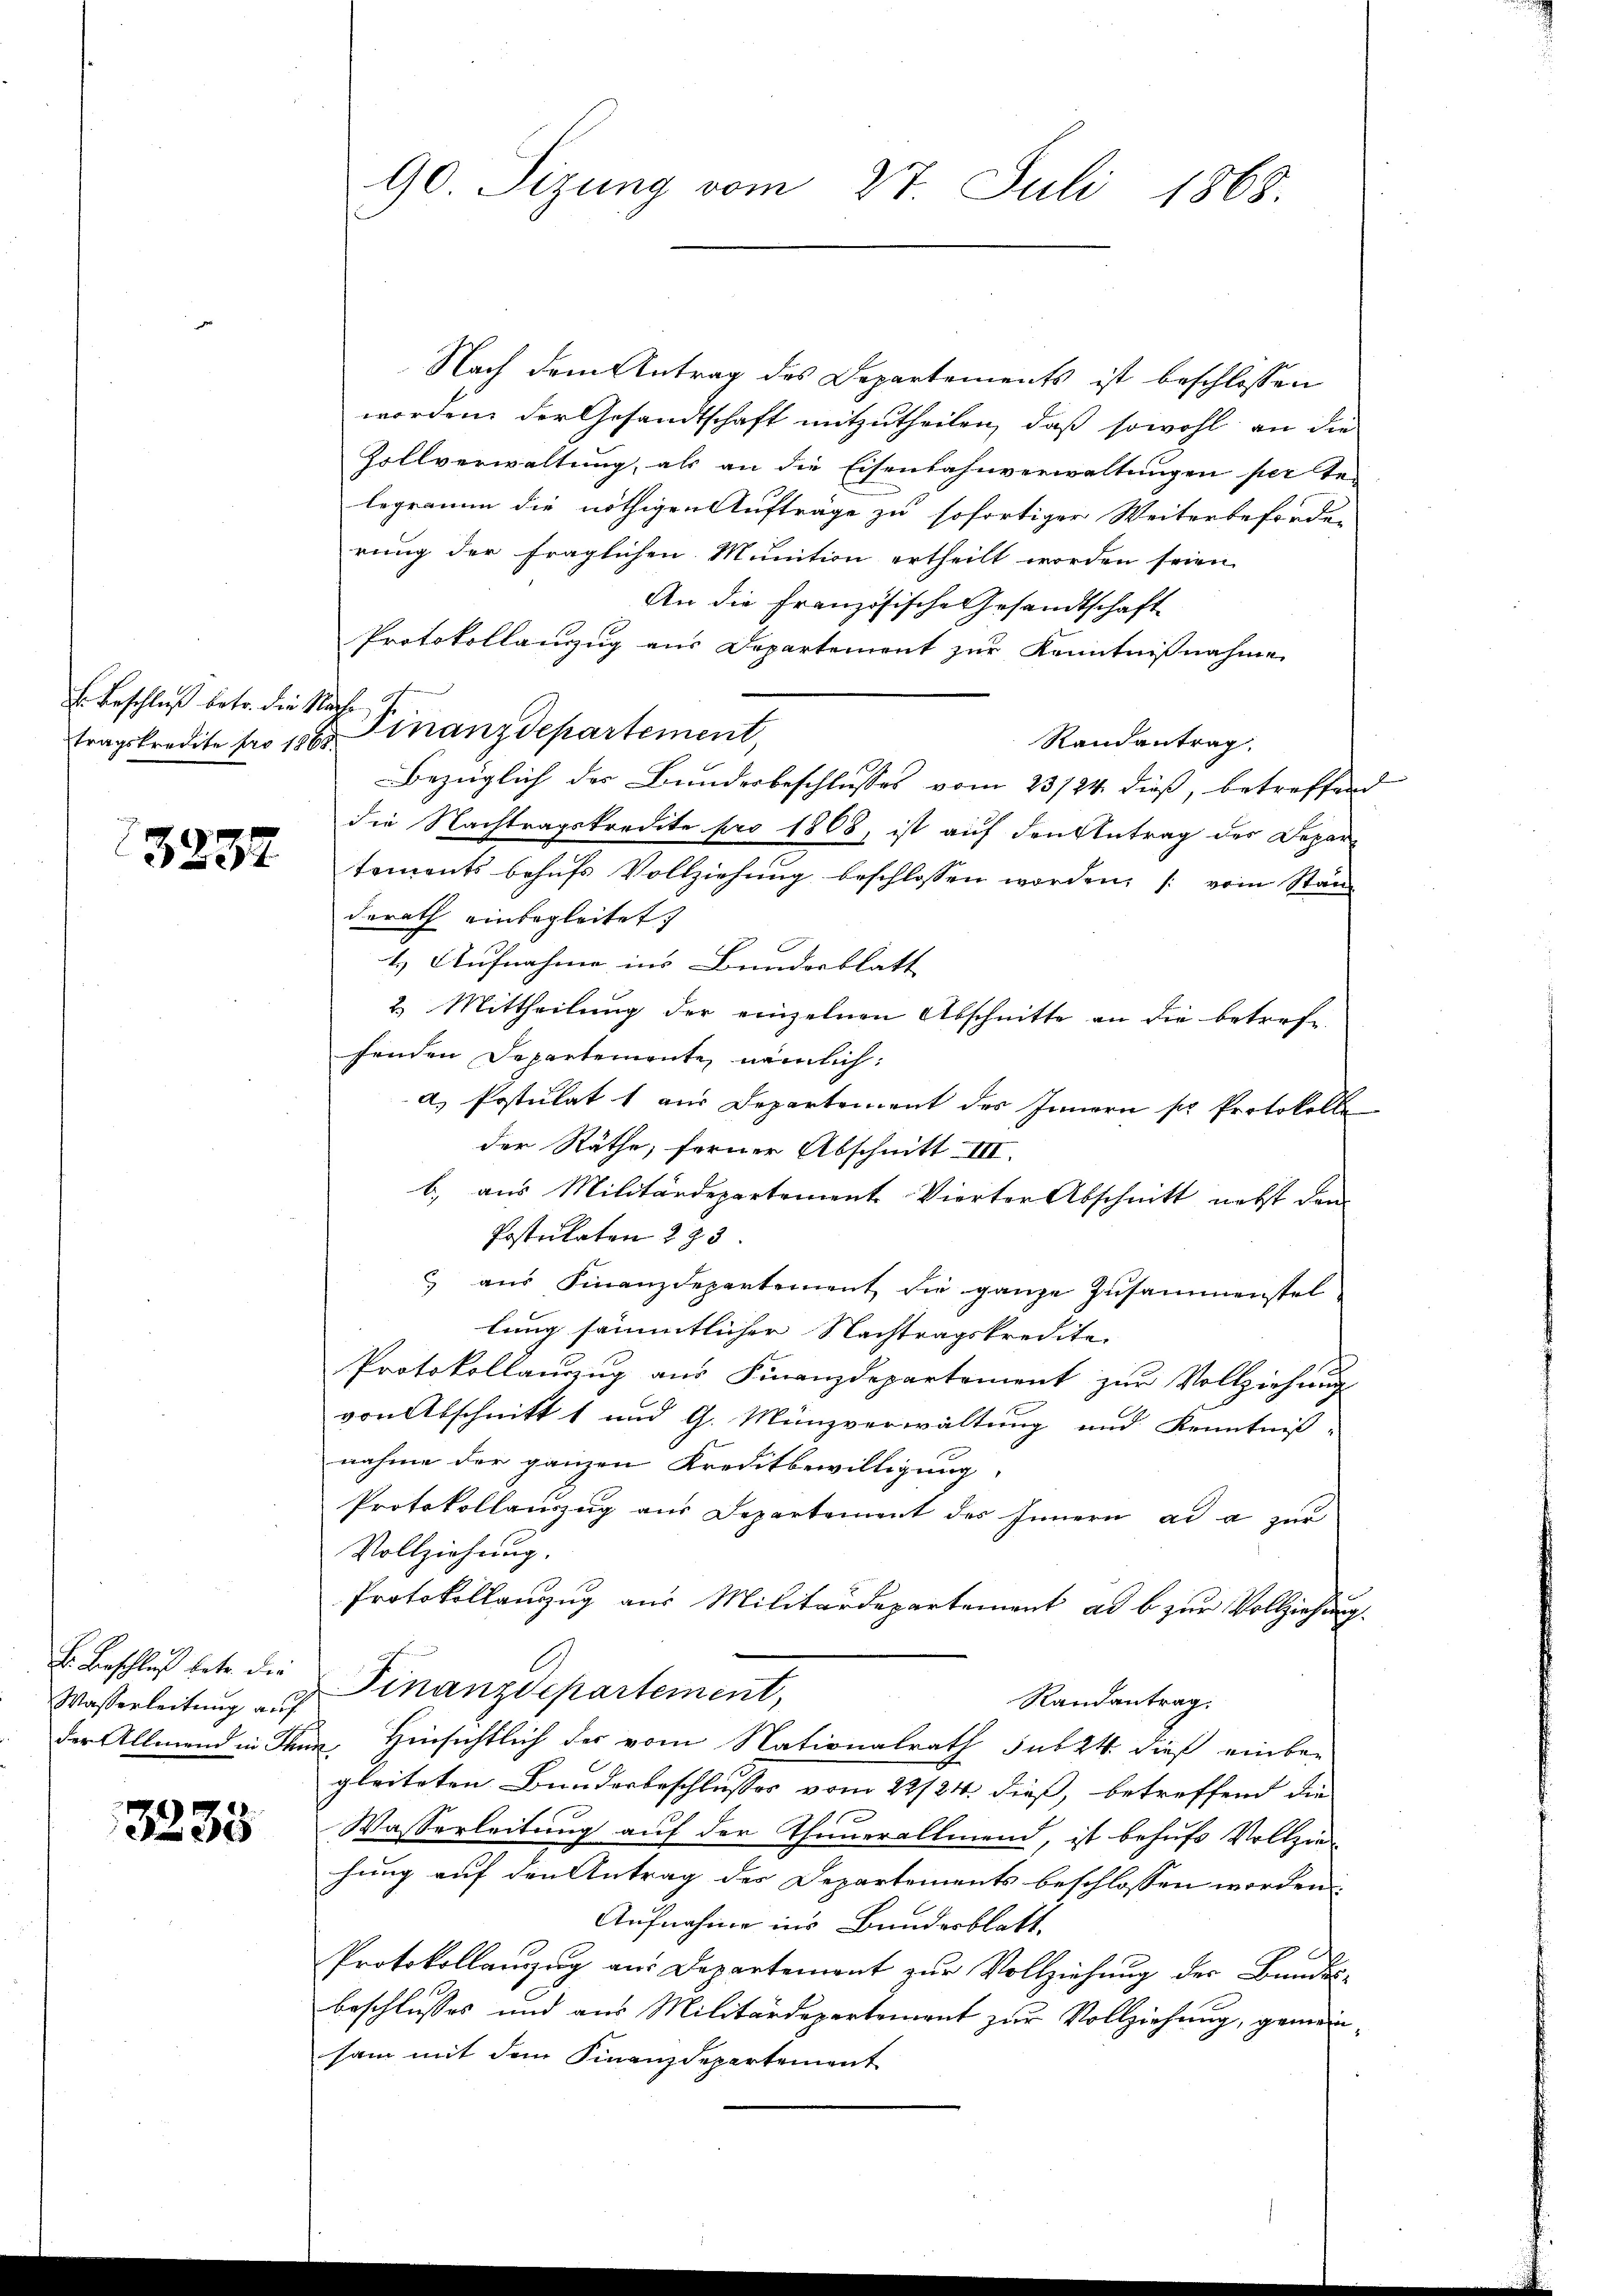
E. Beschluß betr. die Nach

3232

E. Beschluß betr. die
Wasserleitung auf
der Allmend in Ihn

3235

90. Sizung vom 27. Juli 1868.

Nach dem Antrag des Departements ist beschlossen
worden der Gesandtschaft mitzutheilen, daß sowohl an die
Zollverwaltung, als an die Eisenbahnverwaltungen per te-
legramm die nöthigen Aufträge zu sofortiger Weiterbeforden
rung der fraglichen Munition ertheilt worden seien.
An die Französische Gesandtschaft
Protokollanzug aus Departement zur Kenntnißnahme
tragskredite pro 186. Finanzdepartement,
Randantrag
Bezüglich des Bundesbeschlusses vom 23/24. dieß, betreffend
die Nachtragskredite pro 1808, ist auf den Antrag des Departements behufs Vollziehung beschlossen worden, (: vom Stan
derath einbegleitet.
4.) Aufnahme ins Bunderblatt |
2. Mittheilung der einzelnen Abschnitte an die betrefesenden Departemente nämlich:
a) Postulat 1 aus Departement des Innern sie Protokoll
der Räthe, ferner Abschnitt III.
b.) aus Militärdepartement Vierter Abschnitt nebst dan
Postulaten 283.
 aus Finanzdepartement die ganze Zusammenstel
lung sämmtlicher Nachtragskredite
Protokollauszug aus Finanzdepartement zur Vollziehung
von Abschnitt 1 und G. Münzverwaltung und Kenntniß
nahme der ganzen Kreditbewilligung,
Protokollauszug aus Departement des Innern ad a zur
Vollziehung.
Protokollanzug aus Militärdepartement ad b zur Vollziehung.
Finanzdepartement,
Randantrag.
. Hinsichtlich der vom Nationalrath sub 24 dieß einbar
gleiteten Bunderbeschlusses vom 22/24. dieß, betreffend die
Wasserleitung auf der Thunerallmend, ist behufs Vollziehung auf den Antrag des Departements beschlossen worden
Aufnahme ins Bundesblatt.
Protokollanzug aus Departement zŭr Vollziehung der Bundes-
beschlusses und aus Militärdepartement zur Vollziehung, gemeinsam mit dem Finanzdepartement